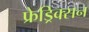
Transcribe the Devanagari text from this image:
फ्रेड्रिक्सन